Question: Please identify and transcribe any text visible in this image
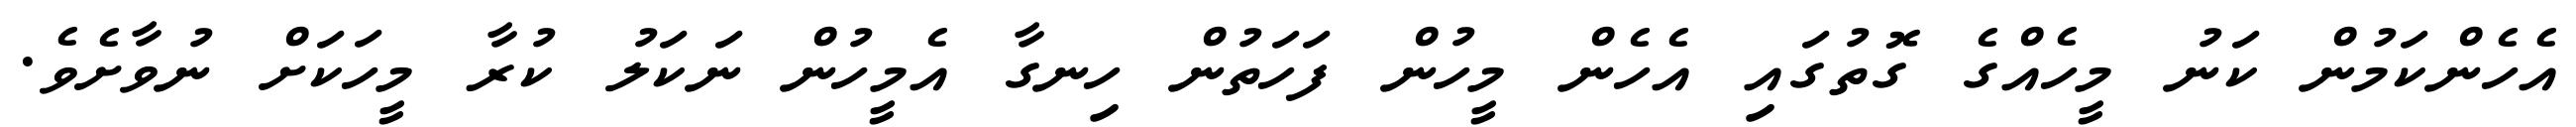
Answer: އެހެންކަމުން ކަނު މީހެއްގެ ގޮތުގައި އެހެން މީހުން ފަހަތުން ހިނގާ އެމީހުން ނަކަލު ކުރާ މީހަކަށް ނުވާށެވެ.